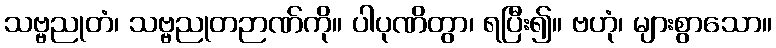
သဗ္ဗညုတံ၊ သဗ္ဗညုတဉာဏ်ကို။ ပါပုဏိတွာ၊ ရပြီး၍။ ဗဟုံ၊ များစွာသော။